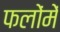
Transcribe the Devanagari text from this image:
फलोंमें